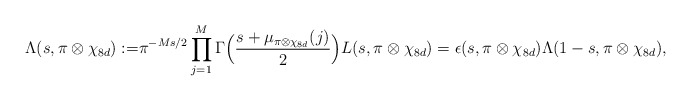
\begin{align*} \Lambda(s, \pi \otimes \chi_{8d}):=&\pi^{-Ms/2}\prod^M_{j=1}\Gamma \Big( \frac {s+\mu_{\pi \otimes \chi_{8d}}(j)}{2}\Big) L(s, \pi \otimes\chi_{8d}) = \epsilon(s, \pi \otimes \chi_{8d})\Lambda(1-s, \pi \otimes \chi_{8d}),\end{align*}